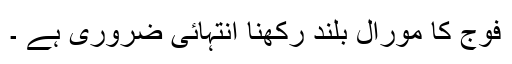
فوج کا مورال بلند رکھنا انتہائی ضروری ہے ۔